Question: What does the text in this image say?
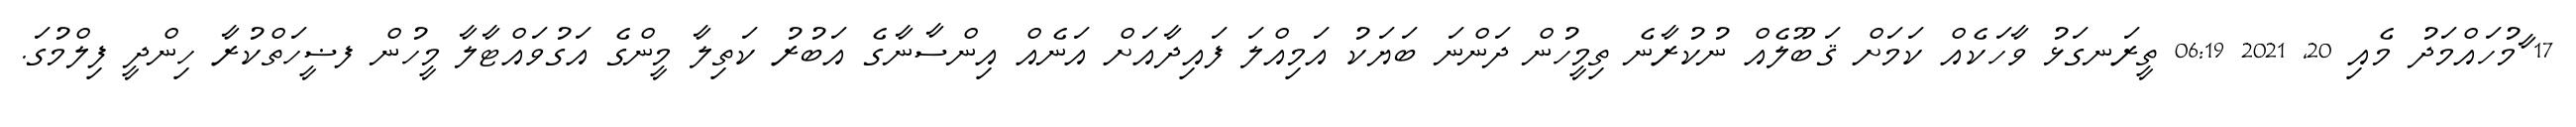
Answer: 17 ާމުހައްމަދު މެއި 20, 2021 06:19 ތީރަނގަޅު ވާހަކެއް ކަމަށް ޤަބޫލެއް ނުކުރާނެ ތިމީހުން ދަންނަ ބަޔަކު އަމިއްލަ ފައިދާއަށް އަނެއް އިންސާނާގެ އަބުރު ކަތިލާ މީންގެ އަގުވައްޓާލާ މީހުން ފޟީހަތްކުރާ ހިންދީ ފިލްމުގަ.